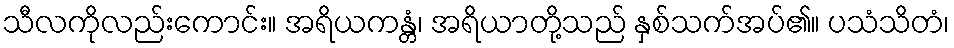
သီလကိုလည်းကောင်း။ အရိယကန္တံ၊ အရိယာတို့သည် နှစ်သက်အပ်၏။ ပသံသိတံ၊